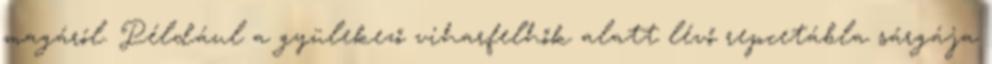
magáról. Például a gyülekező viharfelhők alatt lévő repcetábla sárgája